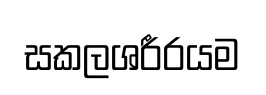
සකලශරීරයම